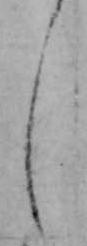
し